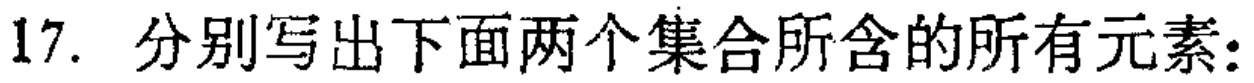
17. 分别写出下面两个集合所含的所有元素：